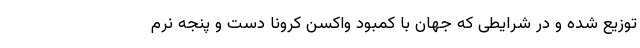
توزیع شده و در شرایطی که جهان با کمبود واکسن کرونا دست و پنجه نرم